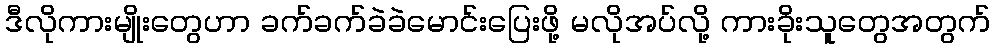
ဒီလိုကားမျိုးတွေဟာ ခက်ခက်ခဲခဲမောင်းပြေးဖို့ မလိုအပ်လို့ ကားခိုးသူတွေအတွက်